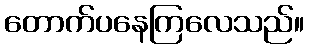
တောက်ပနေကြလေသည်။